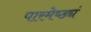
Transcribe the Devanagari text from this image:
पारमेष्ठ्यं